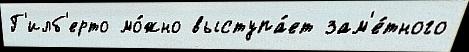
Г'илб'ерто мо́жно выступа́ет зам'е́тного